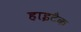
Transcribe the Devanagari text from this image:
हाइटैक